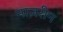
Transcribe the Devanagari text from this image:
नाज़रीन